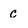
Character: C